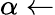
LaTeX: \alpha\gets